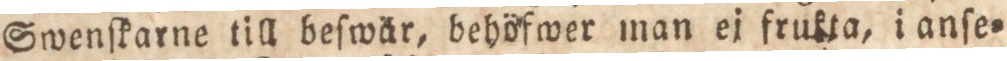
Swenſkarne till beſwär, behöfwer man ej frukta, i anſe=